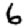
Digit: 6